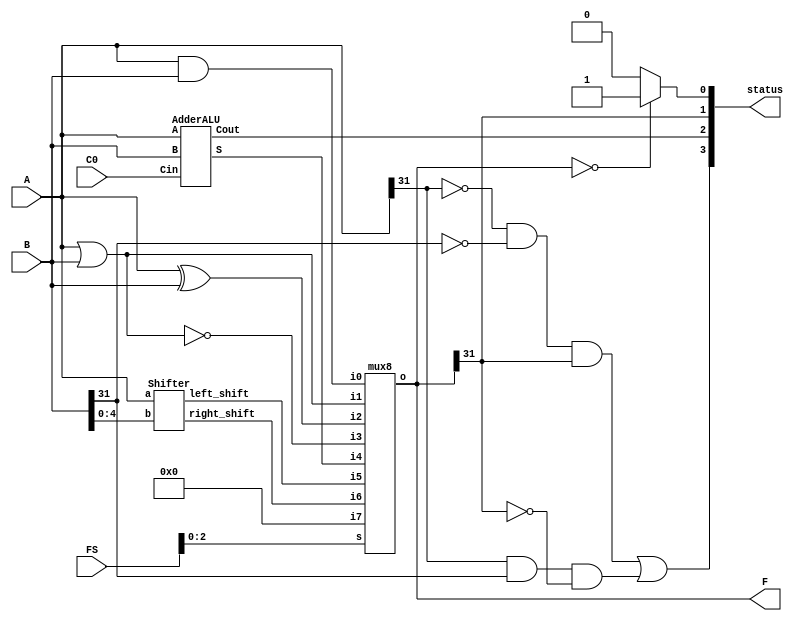
module ALU (A, B, FS, C0, F, status);
	input [31:0] A,B;
	input C0;
	input [3:0] FS;
	output [31:0] F;
	output [3:0] status;
	
	wire Z,N,C,V;
	wire temp;
	assign status= {V,C,N,Z};
	wire [31:0] A, B;
	
	assign N=F[31];
	assign Z= (F== 32'b0) ? 1'b1 : 1'b0 ;
	assign V = ((~A[31])&(~B[31])&F[31])|(A[31] & B[31] &(~F[31]));
	
	
	wire [31:0]and_out, or_out, xor_out, nor_out, add_out, left_out, right_out, i7;
	assign and_out = A & B;
	assign or_out = A | B;
	assign xor_out = A ^ B;
	assign nor_out = ~(A | B);
	
	AdderALU adderboi (A, B, C0,add_out, C);
	
	Shifter shiftboi (A, B[4:0], left_out, right_out);
	
	assign i7= 32'b0;
	
	mux8 mainmux (F, and_out, or_out, xor_out, nor_out, add_out, left_out, right_out,i7, FS[2:0]);
endmodule 

module Shifter(a, b, left_shift, right_shift);

	input [31:0] a;
	input [4:0] b;
	
	output [31:0] left_shift;
	output [31:0] right_shift;
	
	assign left_shift = a << b;
	assign right_shift = a>>b;
	
endmodule 

module AdderALU(A, B, Cin, S, Cout);
	 input [31:0] A, B; 
	 input Cin;
	 output [31:0] S; 
	 output Cout;
	 
	 wire [32:0] carry;
	 assign carry[0] = Cin;
	 assign Cout= carry[32];
	 
	 genvar i;
	 generate 
	 for (i=0; i<=31; i=i+1) begin: full_adders
		Full_Adder adder_inst (A[i], B[i], carry[i], S[i], carry[i+1]);
	end 
	endgenerate 
	
endmodule
	 
module Full_Adder(A,B,Cin, S, Cout);
	input A,B,Cin;
	output S, Cout;
	
//	assign S = A ^ B ^ Cin;
	//assign Cout= A&B + A&Cin + B&Cin;
	assign {Cout, S} = A+B+Cin;
endmodule 

module mux8(o,i0,i1,i2,i3,i4,i5,i6,i7,s);
	input [2:0] s;
	input [31:0]i0,i1,i2,i3,i4,i5,i6,i7;
	output reg [31:0] o;
	
	always @*
	begin 
		case(s)
			3'd0:o=i0;
			3'd1:o=i1;
			3'd2:o=i2;
			3'd3:o=i3;
			3'd4:o=i4;
			3'd5:o=i5;
			3'd6:o=i6;
			3'd7:o=i7;
		endcase
	end 
	
endmodule